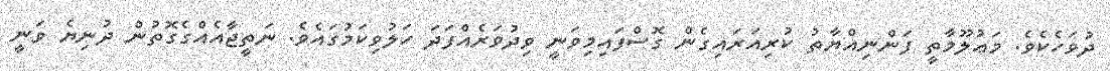
ދުވަހެކެވެ. މަޢުލޫމާތީ ފަންނިއްޔާތު ކުރިއަރައިގެން ގޮސްފައިމިވަނީ ވިދުވަރެއްފަދަ ހަލުވިކަމުގައެވެ. ނަތީޖާއެއްގެގޮތުން ދުނިޔެ ވަނީ